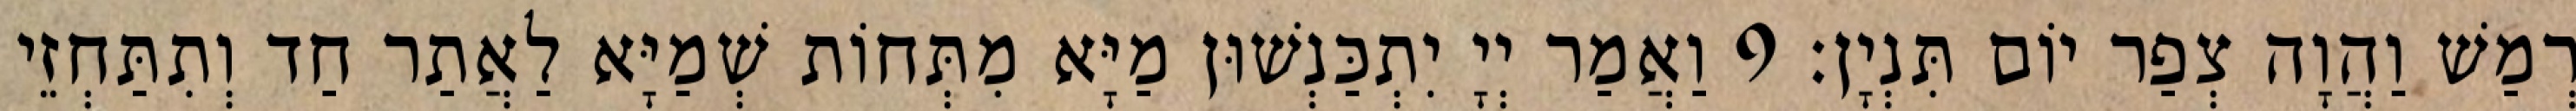
רְמַשׁ וַהֲוָה צְפַר יוֹם תִּנְיָן׃ 9 וַאֲמַר יְיָ יִתְכַּנְשׁוּן מַיָּא מִתְּחוֹת שְׁמַיָּא לַאֲתַר חַד וְתִתַּחְזֵי